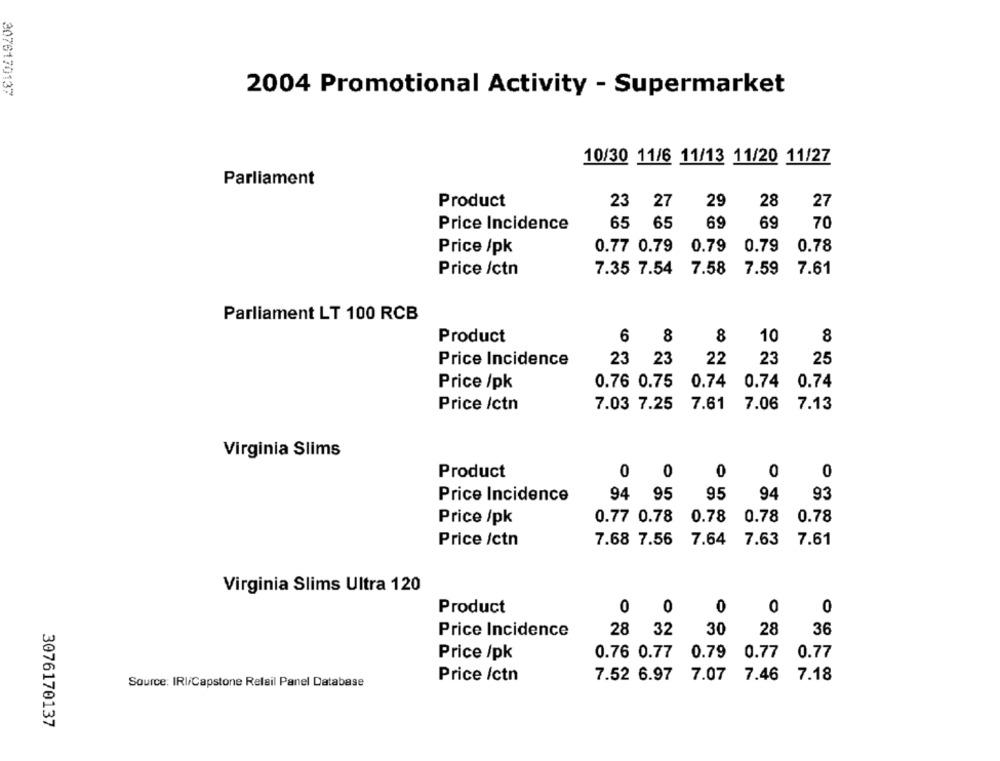
3076170137
2004 Promotional Activity - Supermarket
10/30 11/6 11/13 11/20 11/27
Parliament
Product
23 27
29
28
27
Price Incidence
65 65
69
69
70
Price /pk
0.77 0.79
0.79 0.79
0.78
Price /ctn
7.35 7.54 7.58
7.59 7.61
Parliament LT 100 RCB
Product
6 8
8
10
8
Price Incidence
23 23
22
23
25
Price /pk
0.76 0.75
0.74
0.74 0.74
Price /ctn
7.03 7.25
7.61
7.06
7.13
Virginia Slims
0
Product
0 0
0
0
94
93
Price Incidence
94 95
95
0.77 0.78
0.78
0.78
Price /pk
0.78
7.64
7.61
Price /ctn
7.68 7.56
7.63
Virginia Slims Ultra 120
Product
0 0
0
0
0
28 32
30
28
36
Price Incidence
0.76 0.77
0.79
0.77
0.77
Price /pk
Price /ctn
7.52 6.97
7.07
7.46
7.18
Source: IRI/Capstone Relail Panel Database
3076170137